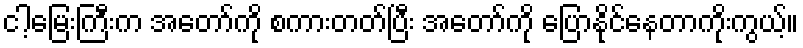
ငါ့မြေးကြီးက အတော်ကို စကားတတ်ပြီး အတော်ကို ပြောနိုင်နေတာကိုးကွယ့်။